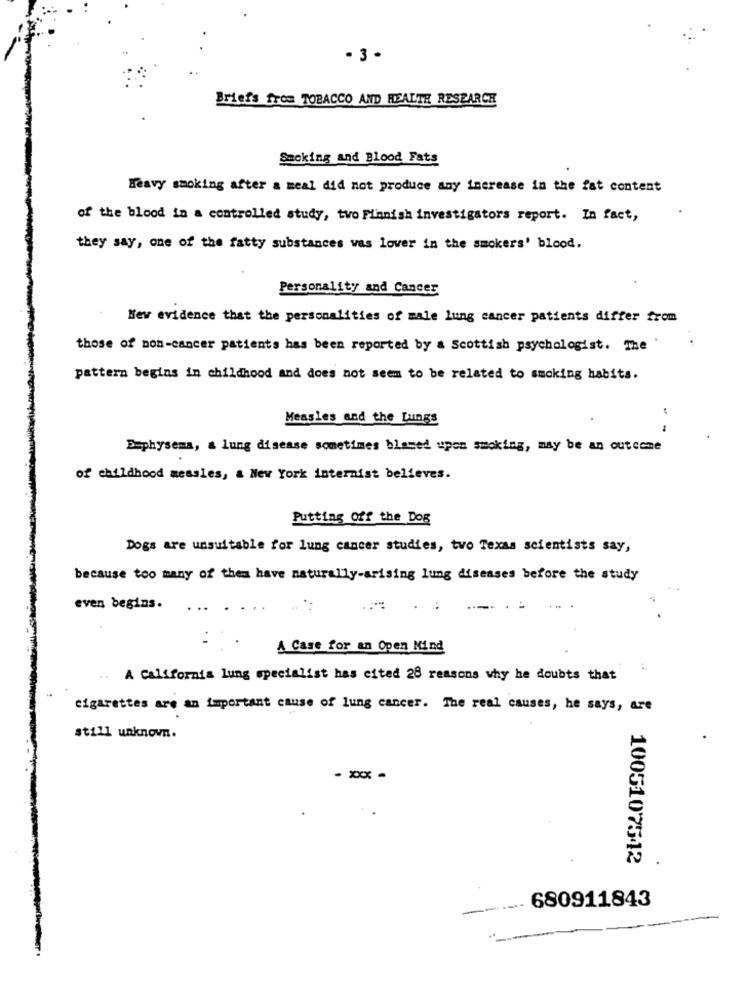
- 3 -
Briefs from TOBACCO AND HEALTH RESEARCH
Smoking and Blood Fats
Heavy smoking after a meal did not produce any increase in the fat content
of the blood in a controlled study, tvo Finnish investigators report. In fact,
they say, one of the fatty substances was lover in the smokers' blood.
Personality and Cancer
New evidence that the personalities of male lung cancer patients differ from
those of non-cancer patients has been reported by a Scottish psychologist. The '
pattern begins in childhood and does not seem to be related to smoking habits.
Measles and the Lungs
Emphysema, a lung disease sometimes blamed upon smoking, may be an outcome
of childhood measles, a New York internist believes.
Putting Off the Dog
Dogs are unsuitable for lung cancer studies, two Texas scientists say,
because too many of them have naturally-arising lung diseases before the study
even begins.
A Case for an Open Mind
A California lung specialist has cited 28 reasons why he doubts that
cigarettes are an important cause of lung cancer. The real causes, he says, are
still unknown.
- xxx -
1005107542
680911843
-